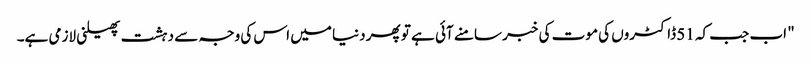
" اب جب کہ 51 ڈاکٹروں کی موت کی خبر سامنے آئی ہے تو پھر دنیا میں اس کی وجہ سے دہشت پھیلنی لازمی ہے۔